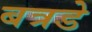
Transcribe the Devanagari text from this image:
बत्रडे